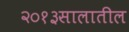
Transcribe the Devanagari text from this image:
२०१३सालातील